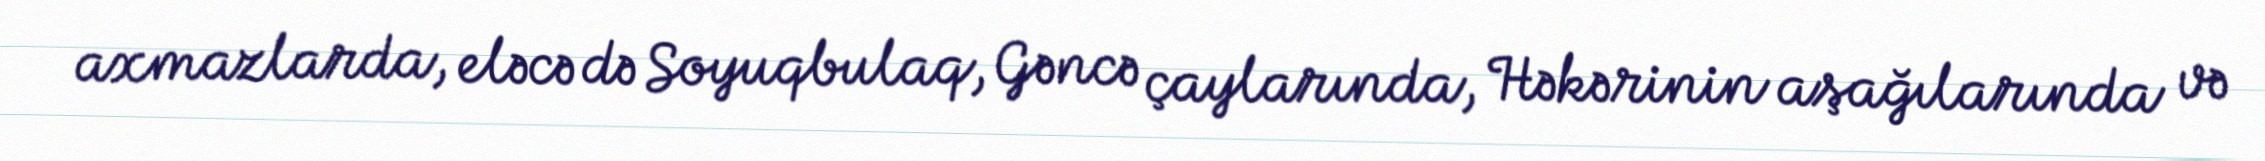
axmazlarda, eləcə də Soyuqbulaq, Gəncə çaylarında, Həkərinin aşağılarında və